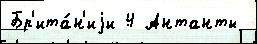
Бр'ита́н'иjи 4 Антанты